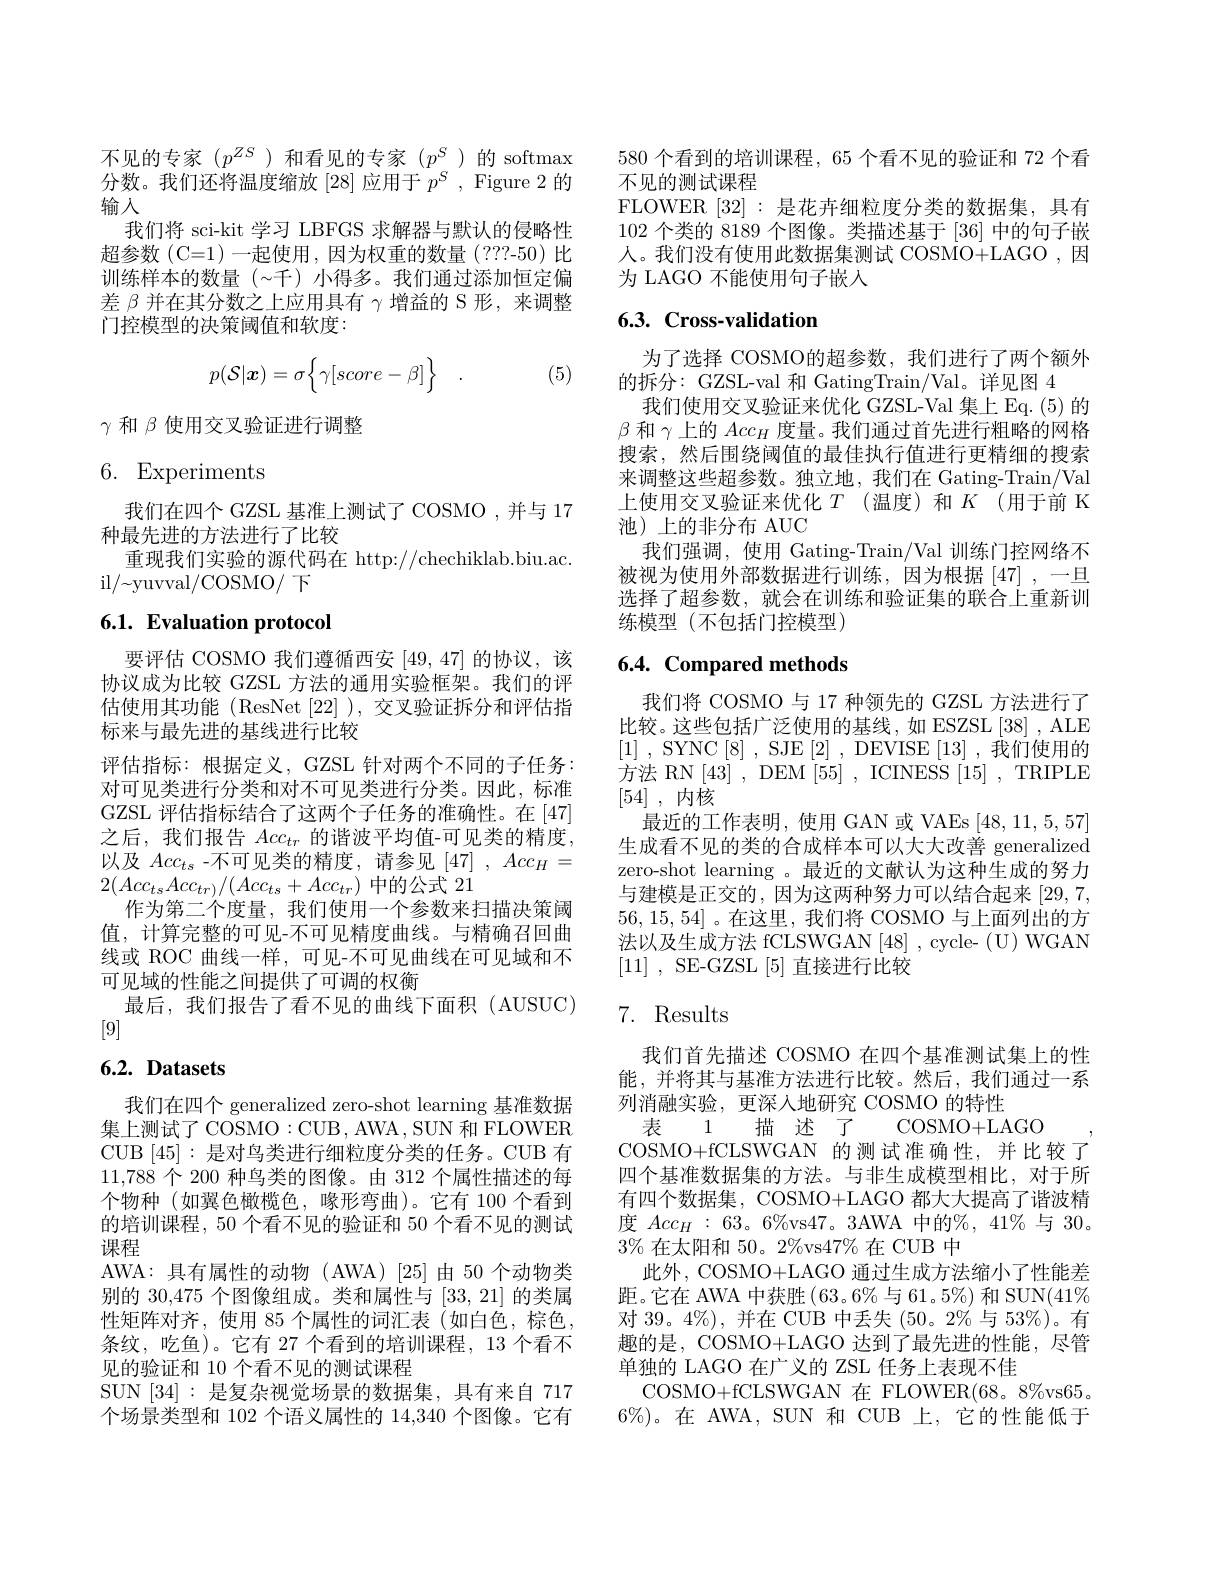
不见的专家($p^ZS$)和看见的专家($p^S$)的 softmax 分数。我们还将温度缩放[28]应用于$p^S$, Figure 2 的输入
我们将 sci-kit 学习 LBFGS 求解器与默认的侵略性超参数(C=1)一起使用，因为权重的数量(???-50)比训练样本的数量(~.千) 小得多。我们通过添加恒定偏差$\beta$并在其分数之上应用具有$\gamma$增益的 S 形，来调整门控模型的决策阈值和软度：
$$p(\mathcal{S}|\boldsymbol{x})=\sigma\Big\{\gamma[score-\beta]\Big\}\quad.$$
(5)

$\gamma$和$\beta$使用交叉验证进行调整

# 6. Experiments

我们在四个 GZSL 基准上测试了 COSMO ,并与 17
种最先进的方法进行了比较
重现我们实验的源代码在 http://chechiklab.biu.ac.
il/~yuvval/COSMO/ 下

# 6.1. Evaluation protocol

要评估 COSMO 我们遵循西安[49,47]的协议，该协议成为比较 GZSL 方法的通用实验框架。我们的评估使用其功能(ResNet[22]),交叉验证拆分和评估指标来与最先进的基线进行比较
评估指标：根据定义，GZSL 针对两个不同的子任务： 对可见类进行分类和对不可见类进行分类。因此，标准GZSL 评估指标结合了这两个子任务的准确性。在[47] 之后，我们报告$Acc_{tr}$的谐波平均值-可见类的精度， 以及$Acc_{ts}$ -不可见类的精度，请参见$[47],Acc_H=$ $2(Acc_{ts}Acc_{tr)}/(Acc_{ts}+Acc_{tr})$中的公式 21
作为第二个度量，我们使用一个参数来扫描决策阈值，计算完整的可见-不可见精度曲线。与精确召回曲线或 ROC 曲线一样，可见-不可见曲线在可见域和不可见域的性能之间提供了可调的权衡
最后，我们报告了看不见的曲线下面积(AUSUC)
[9]

## $6. 2. \textbf{ Datasets}$

我们在四个 generalized zero-shot learning 基准数据集上测试了 COSMO: CUB , AWA , SUN 和 FLOWER CUB [45]:是对鸟类进行细粒度分类的任务。CUB 有11,788个 200 种鸟类的图像。由 312 个属性描述的每个物种(如翼色橄榄色，喙形弯曲)。它有 100 个看到的培训课程，50 个看不见的验证和 50 个看不见的测试课程
AWA:具有属性的动物(AWA)[25]由50个动物类别的 30,475 个图像组成。类和属性与[33,21]的类属性矩阵对齐，使用 85 个属性的词汇表(如白色，棕色， 条纹，吃鱼)。它有 27 个看到的培训课程，13 个看不见的验证和 10 个看不见的测试课程
SUN[34]:是复杂视觉场景的数据集，具有来自 717个场景类型和 102 个语义属性的 14,340 个图像。它有

580 个看到的培训课程，65 个看不见的验证和 72 个看
不见的测试课程
FLOWER [32]:是花卉细粒度分类的数据集，具有102 个类的 8189 个图像。类描述基于 [36] 中的句子嵌人。我们没有使用此数据集测试 COSMO+LAGO,因为 LAGO 不能使用句子嵌入

## 6.3. Cross-validation

为了选择 COSMO的超参数，我们进行了两个额外
的拆分：GZSL-val 和 GatingTrain/Val。详见图 4
我们使用交叉验证来优化 GZSL-Val 集上 Eq. (5) 的$\beta$和$\gamma$上的$Acc_H$度量。我们通过首先进行粗略的网格搜索，然后围绕阈值的最佳执行值进行更精细的搜索来调整这些超参数。独立地，我们在 Gating-Train/Val 上使用交叉验证来优化$T$ (温度)和$K$ (用于前 K 池)上的非分布 AUC
我们强调，使用 Gating-Train/Val 训练门控网络不被视为使用外部数据进行训练，因为根据[47],一旦选择了超参数，就会在训练和验证集的联合上重新训练模型(不包括门控模型)

## 6.4. Compared methods

我们将 COSMO 与 17 种领先的 GZSL 方法进行了比较。这些包括广泛使用的基线，如 ESZSL[38] , ALE [1] , SYNC [8] , SJE [2] , DEVISE [13] , 我们使用的方法 RN [43], DEM [55], ICINESS [15], TRIPLE [54] , 内核
最近的工作表明，使用 GAN 或 VAEs [48,11,5,57] 生成看不见的类的合成样本可以大大改善 generalized zero-shot learning 。最近的文献认为这种生成的努力与建模是正交的，因为这两种努力可以结合起来[29,7, 56,15,54]。在这里，我们将 COSMO 与上面列出的方${\text{法以及生成方法 fCLSWGAN}[48]},{\mathrm{cycle-~(U)~WGAN}}$ [11] , SE-GZSL[5]直接进行比较

## 7. Results

我们首先描述 COSMO 在四个基准测试集上的性能，并将其与基准方法进行比较。然后，我们通过一系列消融实验，更深人地研究 COSMO 的特性
描 沭 了 COSMO+LAGO
表 1
COSMO+fCLSWGAN 的测试准确性，并比较了四个基准数据集的方法。与非生成模型相比，对于所有四个数据集，COSMO+LAGO 都大大提高了谐波精度 $Acc_{H}:63。6\%$vs47。3AWA 中的$\%$, 41%与 30。$3\%$在太阳和 50。2%vs$47\%$在 CUB 中
此外，COSMO+LAGO 通过生成方法缩小了性能差距。它在 AWA 中获胜(63。6%与 61。5%) 和 SUN(41% 对 39。4%), 并在 CUB 中丢失 (50。2% 与 53%)。有趣的是，COSMO+LAGO 达到了最先进的性能，尽管单独的 LAGO 在广义的 ZSL 任务上表现不佳
COSMO+fCLSWGAN 在 FLOWER(68。8%vs65。$6\%)$。在 AWA, SUN 和 CUB 上，它的性能低于